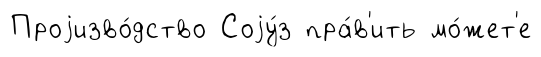
Проjизво́дство Соjу́з пра́в'ить мо́жет'е